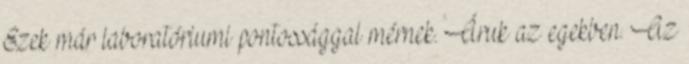
Ezek már laboratóriumi pontossággal mérnek. Áruk az egekben. Az